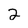
Character: 2